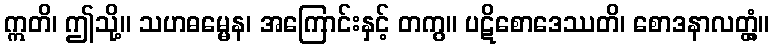
ဣတိ၊ ဤသို့။ သဟဓမ္မေန၊ အကြောင်းနှင့် တကွ။ ပဋိစောဒေဿတိ၊ စောဒနာလတ္တံ့။